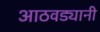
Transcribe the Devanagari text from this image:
आठवड्यानी